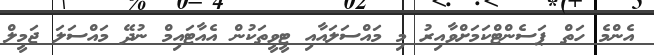
އެންމެ ހަތް ޕަސެންޓްކަމަށްވާއިރު މި މައްސަލައާއި ޓީވީތަކުން އެއާޓައިމް ނުދޭ މައްސަލަ ޖަމީލް